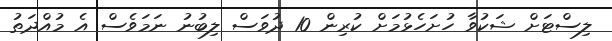
ލިސްޓަށް ޝަކުވާ ހުށަހެޅުމަށް ކުރިން 10 ދުވަސް ލިބުނު ނަމަވެސް އެ މުއްދަތު